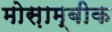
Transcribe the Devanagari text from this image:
मोस़ाम्बीक